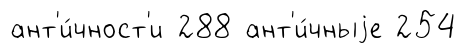
ант'и́чност'и 288 ант'и́чныjе 254